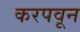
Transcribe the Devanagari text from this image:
करपवून